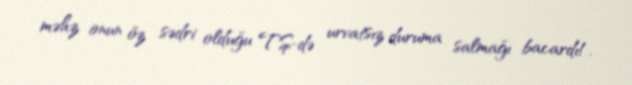
məhz onun öz sədri olduğu TŞ-də urvatsız duruma salmağı bacardı!.